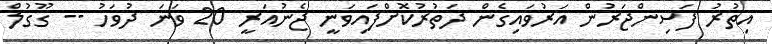
އިތުރު ފަސިންޖަރުން އަރުވައިގެން ދަތުރުކޮށްފައިވަނީ ޖެނުއަރީ 20 ވަނަ ދުވަހު -- ގޫގުލް